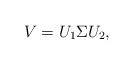
LaTeX: \begin{align*}V = U_1\Sigma U_2,\end{align*}